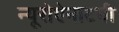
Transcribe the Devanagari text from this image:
न्यूरोऐनाटमी